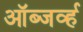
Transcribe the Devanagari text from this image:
ऑब्जर्व्ह